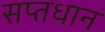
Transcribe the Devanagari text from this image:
सप्तधान